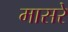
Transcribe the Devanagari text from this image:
मासरे